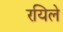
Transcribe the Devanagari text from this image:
रयिले